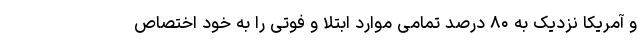
و آمریکا نزدیک به ۸۰ درصد تمامی موارد ابتلا و فوتی را به خود اختصاص